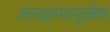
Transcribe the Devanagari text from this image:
आरक्षणामुळेच